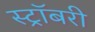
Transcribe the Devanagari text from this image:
स्ट्रॉबरी